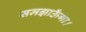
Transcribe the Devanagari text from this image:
समझाऊँगा।